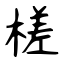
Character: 槎